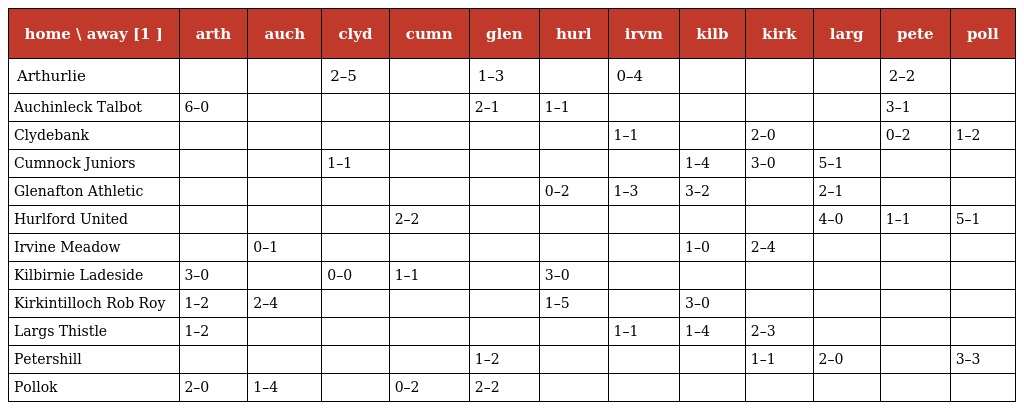
| home \ away [1 ] | arth | auch | clyd | cumn | glen | hurl | irvm | kilb | kirk | larg | pete | poll |
 | --- | --- | --- | --- | --- | --- | --- | --- | --- | --- | --- | --- | --- |
 | Arthurlie |  |  | 2–5 |  | 1–3 |  | 0–4 |  |  |  | 2–2 |  |
 | Auchinleck Talbot | 6–0 |  |  |  | 2–1 | 1–1 |  |  |  |  | 3–1 |  |
 | Clydebank |  |  |  |  |  |  | 1–1 |  | 2–0 |  | 0–2 | 1–2 |
 | Cumnock Juniors |  |  | 1–1 |  |  |  |  | 1–4 | 3–0 | 5–1 |  |  |
 | Glenafton Athletic |  |  |  |  |  | 0–2 | 1–3 | 3–2 |  | 2–1 |  |  |
 | Hurlford United |  |  |  | 2–2 |  |  |  |  |  | 4–0 | 1–1 | 5–1 |
 | Irvine Meadow |  | 0–1 |  |  |  |  |  | 1–0 | 2–4 |  |  |  |
 | Kilbirnie Ladeside | 3–0 |  | 0–0 | 1–1 |  | 3–0 |  |  |  |  |  |  |
 | Kirkintilloch Rob Roy | 1–2 | 2–4 |  |  |  | 1–5 |  | 3–0 |  |  |  |  |
 | Largs Thistle | 1–2 |  |  |  |  |  | 1–1 | 1–4 | 2–3 |  |  |  |
 | Petershill |  |  |  |  | 1–2 |  |  |  | 1–1 | 2–0 |  | 3–3 |
 | Pollok | 2–0 | 1–4 |  | 0–2 | 2–2 |  |  |  |  |  |  |  |